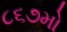
૮૬૭મો